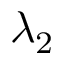
\lambda _ { 2 }